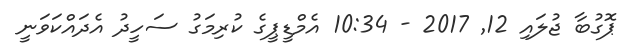
ޕޮގުބާ ޖުލައި 12